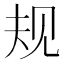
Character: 规